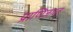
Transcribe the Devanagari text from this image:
प्राणिजगत्